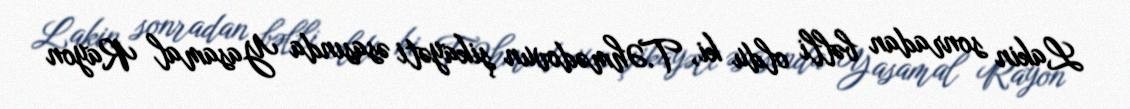
Lakin sonradan bəlli oldu ki, T.Əhmədovun şikayəti əsasında Yasamal Rayon